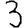
Digit: 3